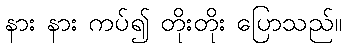
နား နား ကပ်၍ တိုးတိုး ပြောသည်။